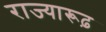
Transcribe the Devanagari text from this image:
राज्यारूढ़